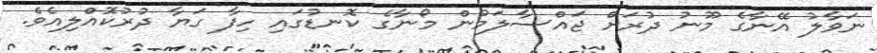
ނަވާލު އޭނާގެ މޫނު ދުރަށް ޖައްސާލަމުން މޯނާގެ ކޮނޑުގައި ހިފާ ގަޔާ ދުރުކޮއްލިއެވެ.